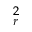
^ { 2 } _ { r }